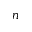
n